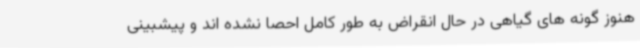
هنوز گونه های گیاهی در حال انقراض به طور کامل احصا نشده اند و پیشبینی